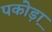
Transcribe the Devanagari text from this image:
पकोड़ा़